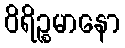
ဝိရိဉ္စမာနော